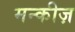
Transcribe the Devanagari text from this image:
मन्कीज़